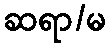
ဆရာ/မ